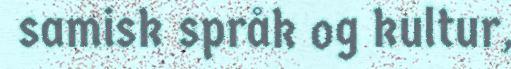
samisk språk og kultur,